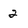
Character: 2